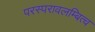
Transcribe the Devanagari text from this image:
परस्परावलम्बित्व